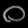
Digit: ၀